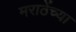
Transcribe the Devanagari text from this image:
मराठेंच्या